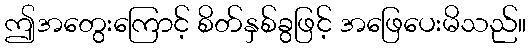
ဤအတွေးကြောင့် စိတ်နှစ်ခွဖြင့် အဖြေပေးမိသည်။